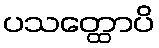
ပသတ္ထောပိ